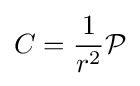
C={\frac {1}{r^{2}}}{\mathcal {P}}